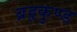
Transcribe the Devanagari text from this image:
ब्रहृकुण्ड